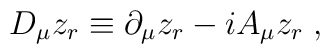
D_\mu z_r\equiv \partial_\mu z_r-iA_\mu z_r\;,